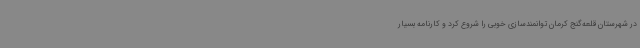
در شهرستان قلعه‌گنج کرمان توانمندسازی خوبی را شروع کرد و کارنامه بسیار